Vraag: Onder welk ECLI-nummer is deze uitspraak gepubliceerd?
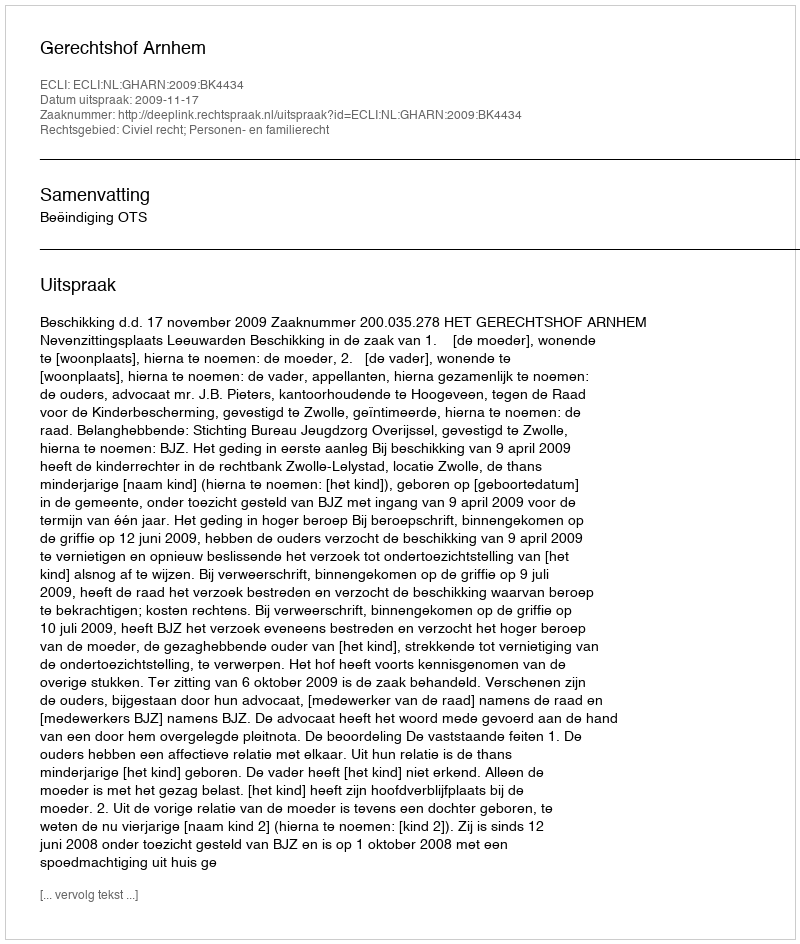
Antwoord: ECLI:NL:GHARN:2009:BK4434